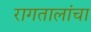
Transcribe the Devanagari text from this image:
रागतालांचा